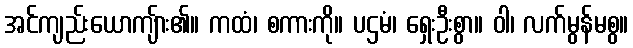
အင်ကျည်းယောကျ်ား၏။ ကထံ၊ စကားကို။ ပဌမံ၊ ရှေးဦးစွာ။ ဝါ၊ လက်မွန်မစွ။